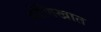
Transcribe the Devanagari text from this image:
श्रोणिखात